38_143685_box_Incident_Summaries_101-172
Agency: Department of War
Page 157
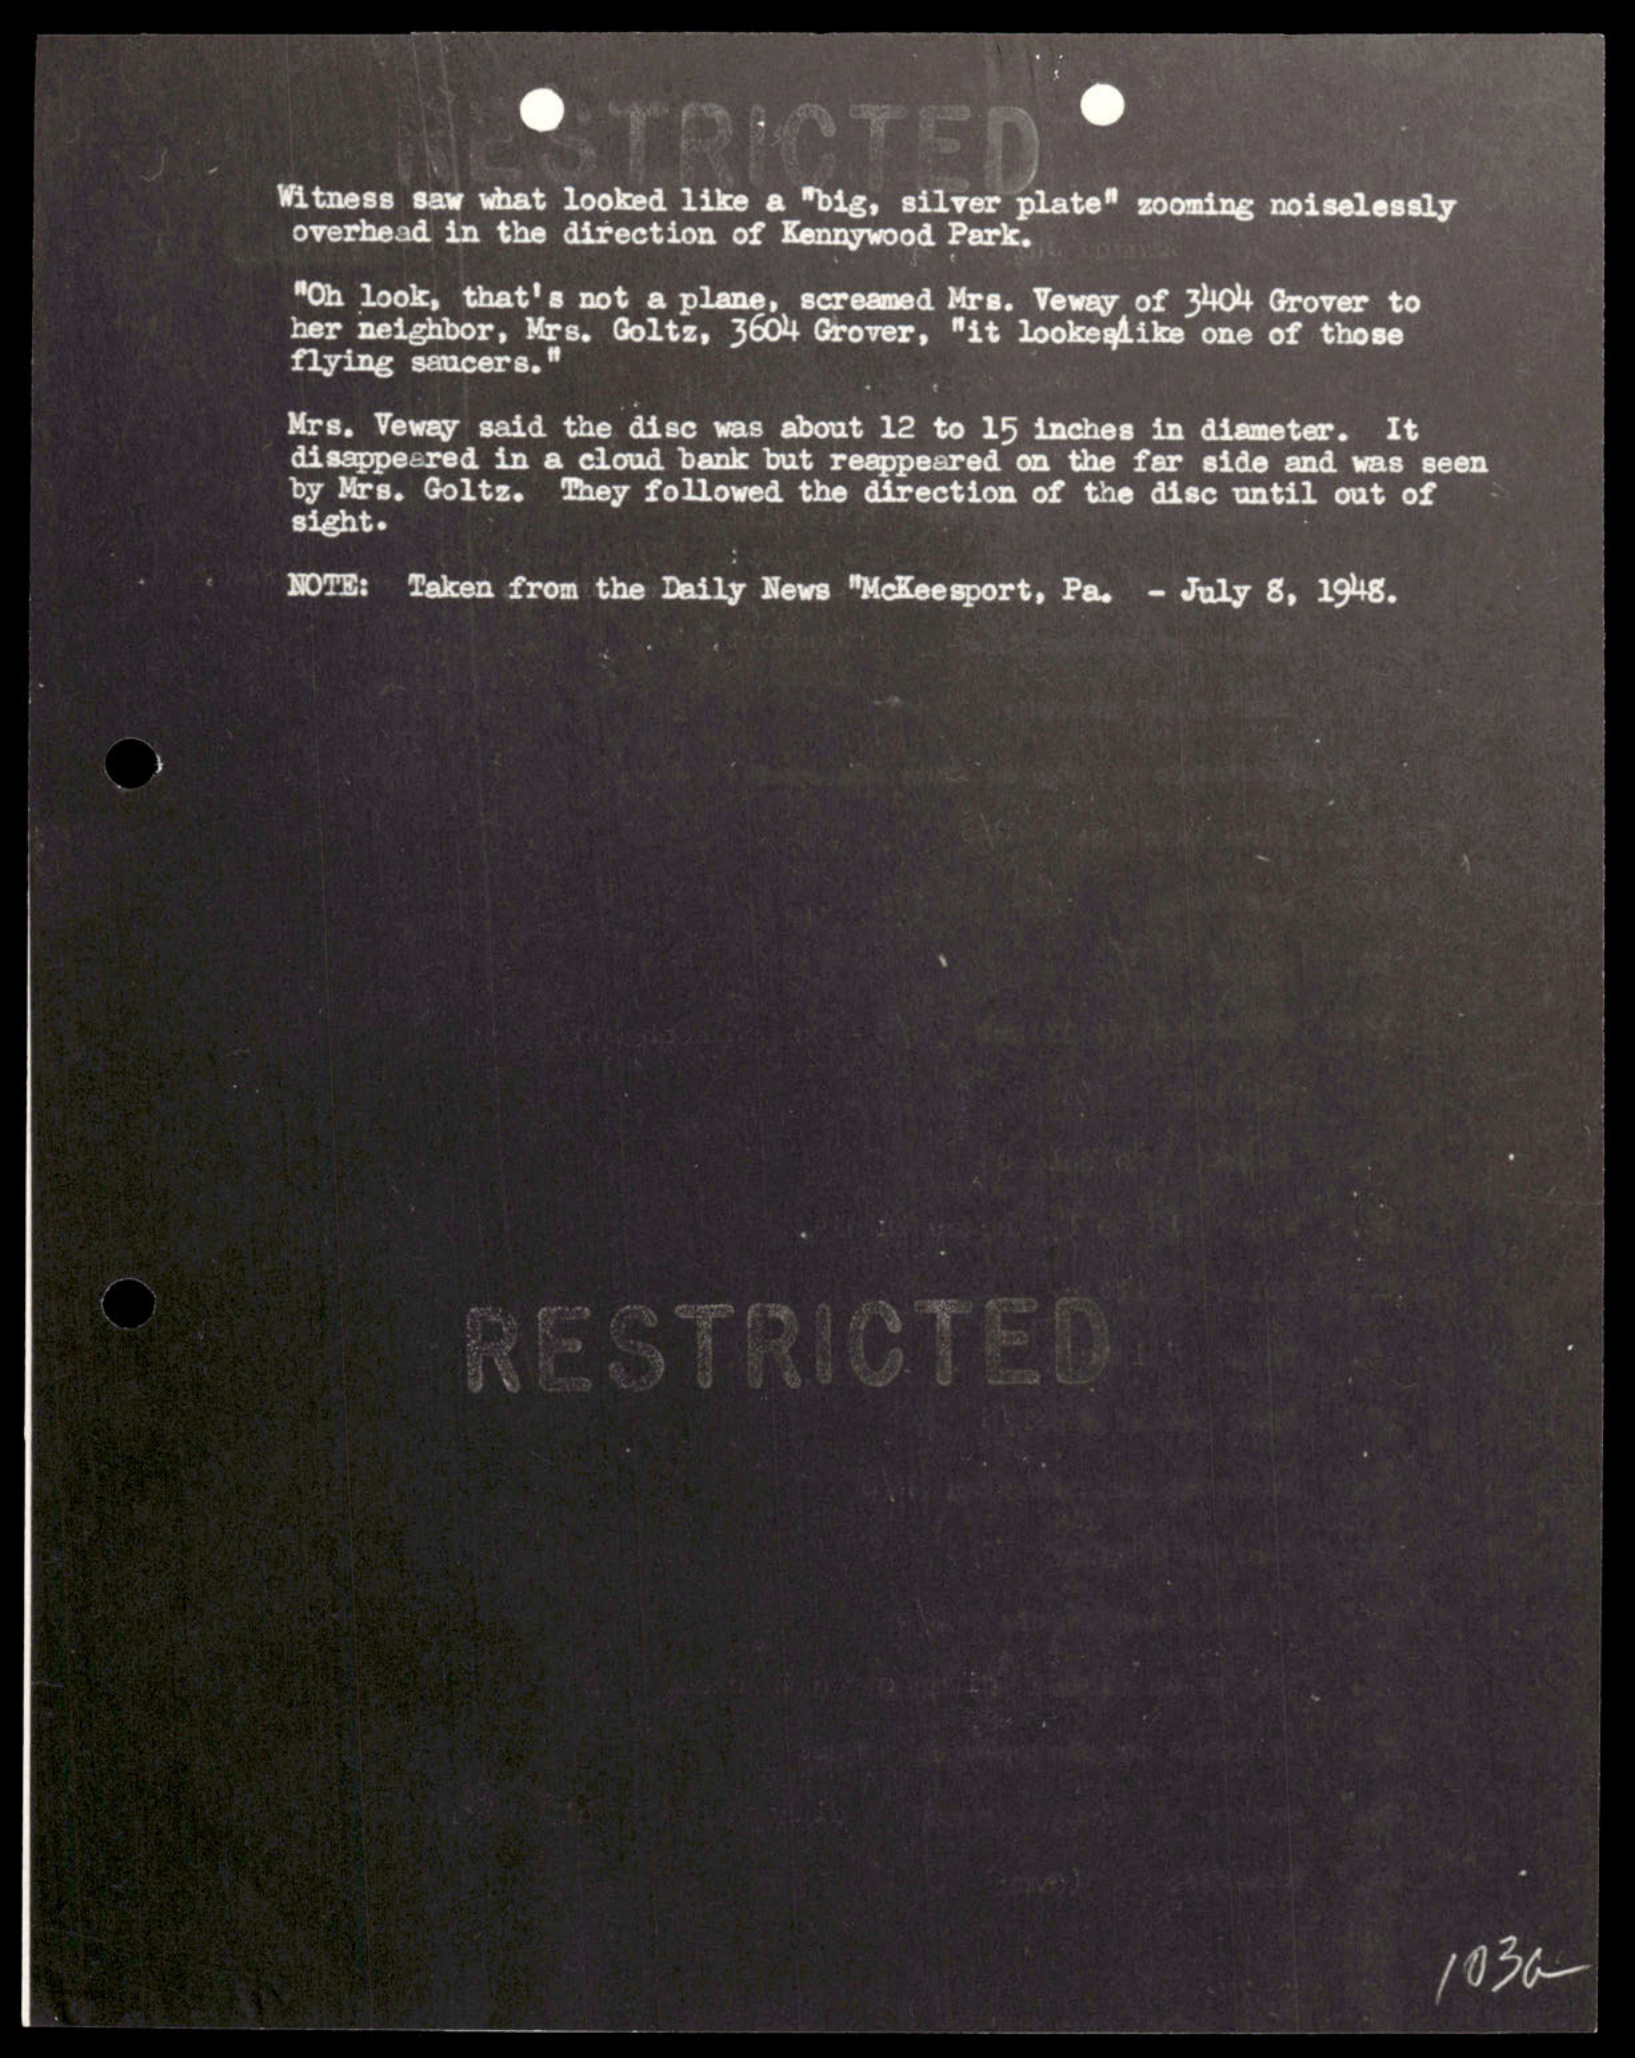